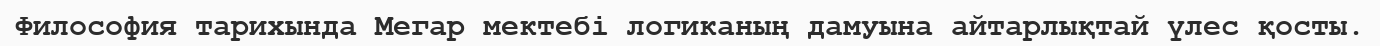
Философия тарихында Мегар мектебі логиканың дамуына айтарлықтай үлес қосты.